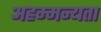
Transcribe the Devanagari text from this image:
अहम्मन्यता